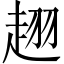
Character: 趐